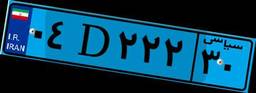
۴۹D۰۲۲۹۷